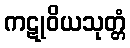
ကဋုဝိယသုတ္တံ